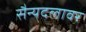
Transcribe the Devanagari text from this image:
सैन्यदलावर